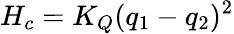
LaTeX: H_{c}=K_{Q}(q_{1}-q_{2})^{2}